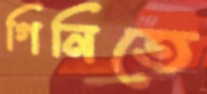
গিনিতে